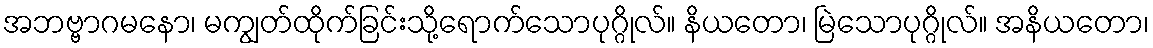
အဘဗ္ဗာဂမနော၊ မကျွတ်ထိုက်ခြင်းသို့ရောက်သောပုဂ္ဂိုလ်။ နိယတော၊ မြဲသောပုဂ္ဂိုလ်။ အနိယတော၊